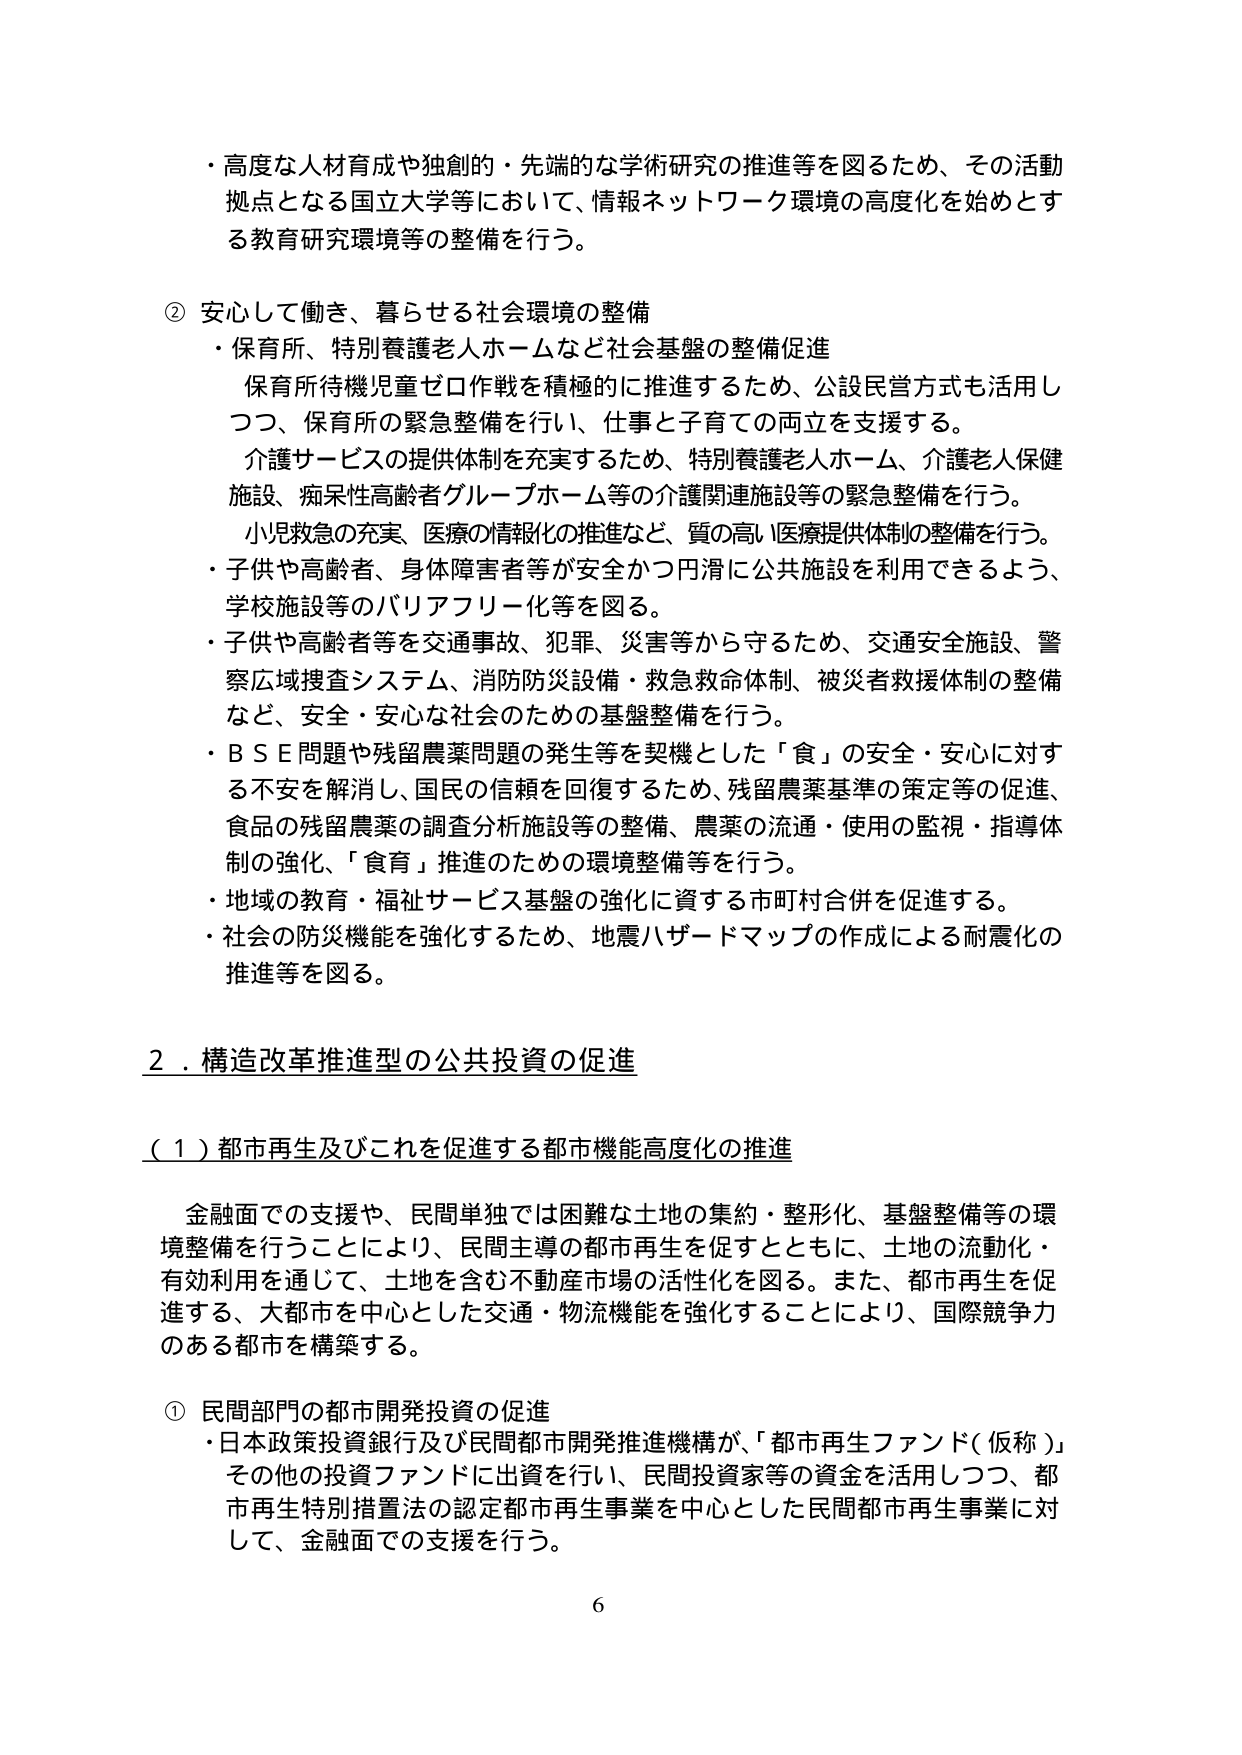
・高度な人材育成や独創的・先端的な学術研究の推進等を図るため、その活動拠点となる国立大学等において、情報ネットワーク環境の高度化を始めとする教育研究環境等の整備を行う。

② 安心して働き、暮らせる社会環境の整備
・保育所、特別養護老人ホームなど社会基盤の整備促進
　保育所待機児童ゼロ作戦を積極的に推進するため、公設民営方式も活用しつつ、保育所の緊急整備を行い、仕事と子育ての両立を支援する。
　介護サービスの提供体制を充実するため、特別養護老人ホーム、介護老人保健施設、痴呆性高齢者グループホーム等の介護関連施設等の緊急整備を行う。
　小児救急の充実、医療の情報化の推進など、質の高い医療提供体制の整備を行う。
・子供や高齢者、身体障害者等が安全かつ円滑に公共施設を利用できるよう、学校施設等のバリアフリー化等を図る。
・子供や高齢者等を交通事故、犯罪、災害等から守るため、交通安全施設、警察広域捜査システム、消防防災設備・救急救命体制、被災者救援体制の整備など、安全・安心な社会のための基盤整備を行う。
・ＢＳＥ問題や残留農薬問題の発生等を契機とした「食」の安全・安心に対する不安を解消し、国民の信頼を回復するため、残留農薬基準の策定等の促進、食品の残留農薬の調査分析施設等の整備、農薬の流通・使用の監視・指導体制の強化、「食育」推進のための環境整備等を行う。
・地域の教育・福祉サービス基盤の強化に資する市町村合併を促進する。
・社会の防災機能を強化するため、地震ハザードマップの作成による耐震化の推進等を図る。

２．構造改革推進型の公共投資の促進

（１）都市再生及びこれを促進する都市機能高度化の推進

　金融面での支援や、民間単独では困難な土地の集約・整形化、基盤整備等の環境整備を行うことにより、民間主導の都市再生を促すとともに、土地の流動化・有効利用を通じて、土地を含む不動産市場の活性化を図る。また、都市再生を促進する、大都市を中心とした交通・物流機能を強化することにより、国際競争力のある都市を構築する。

① 民間部門の都市開発投資の促進
・日本政策投資銀行及び民間都市開発推進機構が、「都市再生ファンド（仮称）」その他の投資ファンドに出資を行い、民間投資家等の資金を活用しつつ、都市再生特別措置法の認定都市再生事業を中心とした民間都市再生事業に対して、金融面での支援を行う。

6